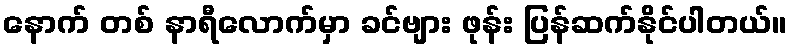
နောက် တစ် နာရီလောက်မှာ ခင်ဗျား ဖုန်း ပြန်ဆက်နိုင်ပါတယ်။